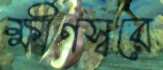
ক্ষীণস্বরে